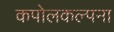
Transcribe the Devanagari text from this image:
कपोलकल्पना